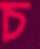
চ